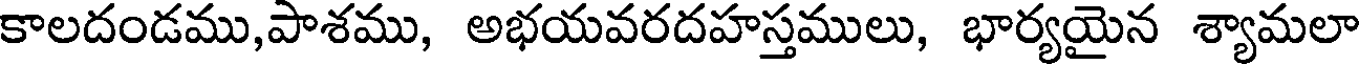
కాలదండము,పాశము, అభయవరదహస్తములు, భార్యయైన శ్యామలా